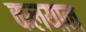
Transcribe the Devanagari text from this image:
कलयान